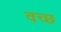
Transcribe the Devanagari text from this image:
वच्छ